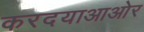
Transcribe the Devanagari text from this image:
करदयाआओर